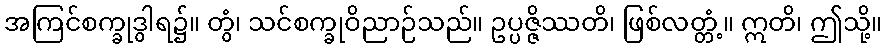
အကြင်စက္ခုဒွါရ၌။ တွံ၊ သင်စက္ခုဝိညာဉ်သည်။ ဥပ္ပဇ္ဇိဿတိ၊ ဖြစ်လတ္တံ့။ ဣတိ၊ ဤသို့။